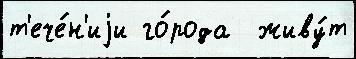
т'ече́н'иjи го́рода  живу́т